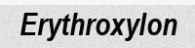
Erythroxylon